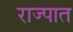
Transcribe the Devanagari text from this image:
राज्पात